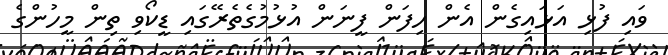
ވައި ފުޅި އަޅައިގެން އެން ހިފަން ފީނަން އުޅުމުގެތެރޭގައި ޑީކޯވި ތިން މީހުންގެ